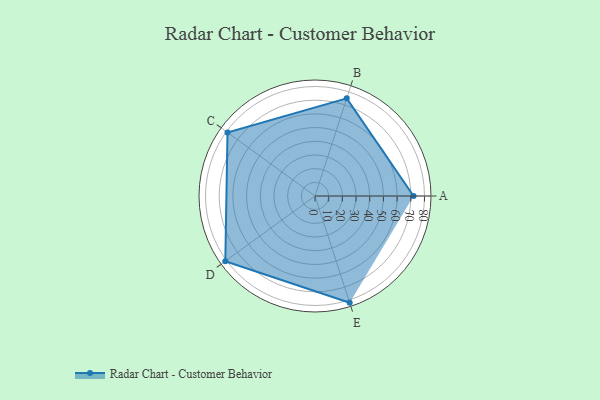
{"axis": {"x": "Skill", "y": "Score"}, "legend": ["Profile"], "data": [{"x": "A", "y": 72.0, "type": "Profile"}, {"x": "B", "y": 75.0, "type": "Profile"}, {"x": "C", "y": 79.0, "type": "Profile"}, {"x": "D", "y": 81.0, "type": "Profile"}, {"x": "E", "y": 82.0, "type": "Profile"}]}